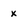
Character: X